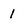
Character: 1